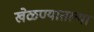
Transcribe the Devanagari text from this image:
खेळण्यातल्या